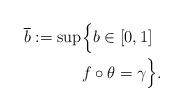
LaTeX: \begin{align*}\begin{aligned}\overline b:=\sup &\Bigl\{b\in[0,1]\\&f\circ\theta=\gamma \Bigr\} . \end{aligned}\end{align*}